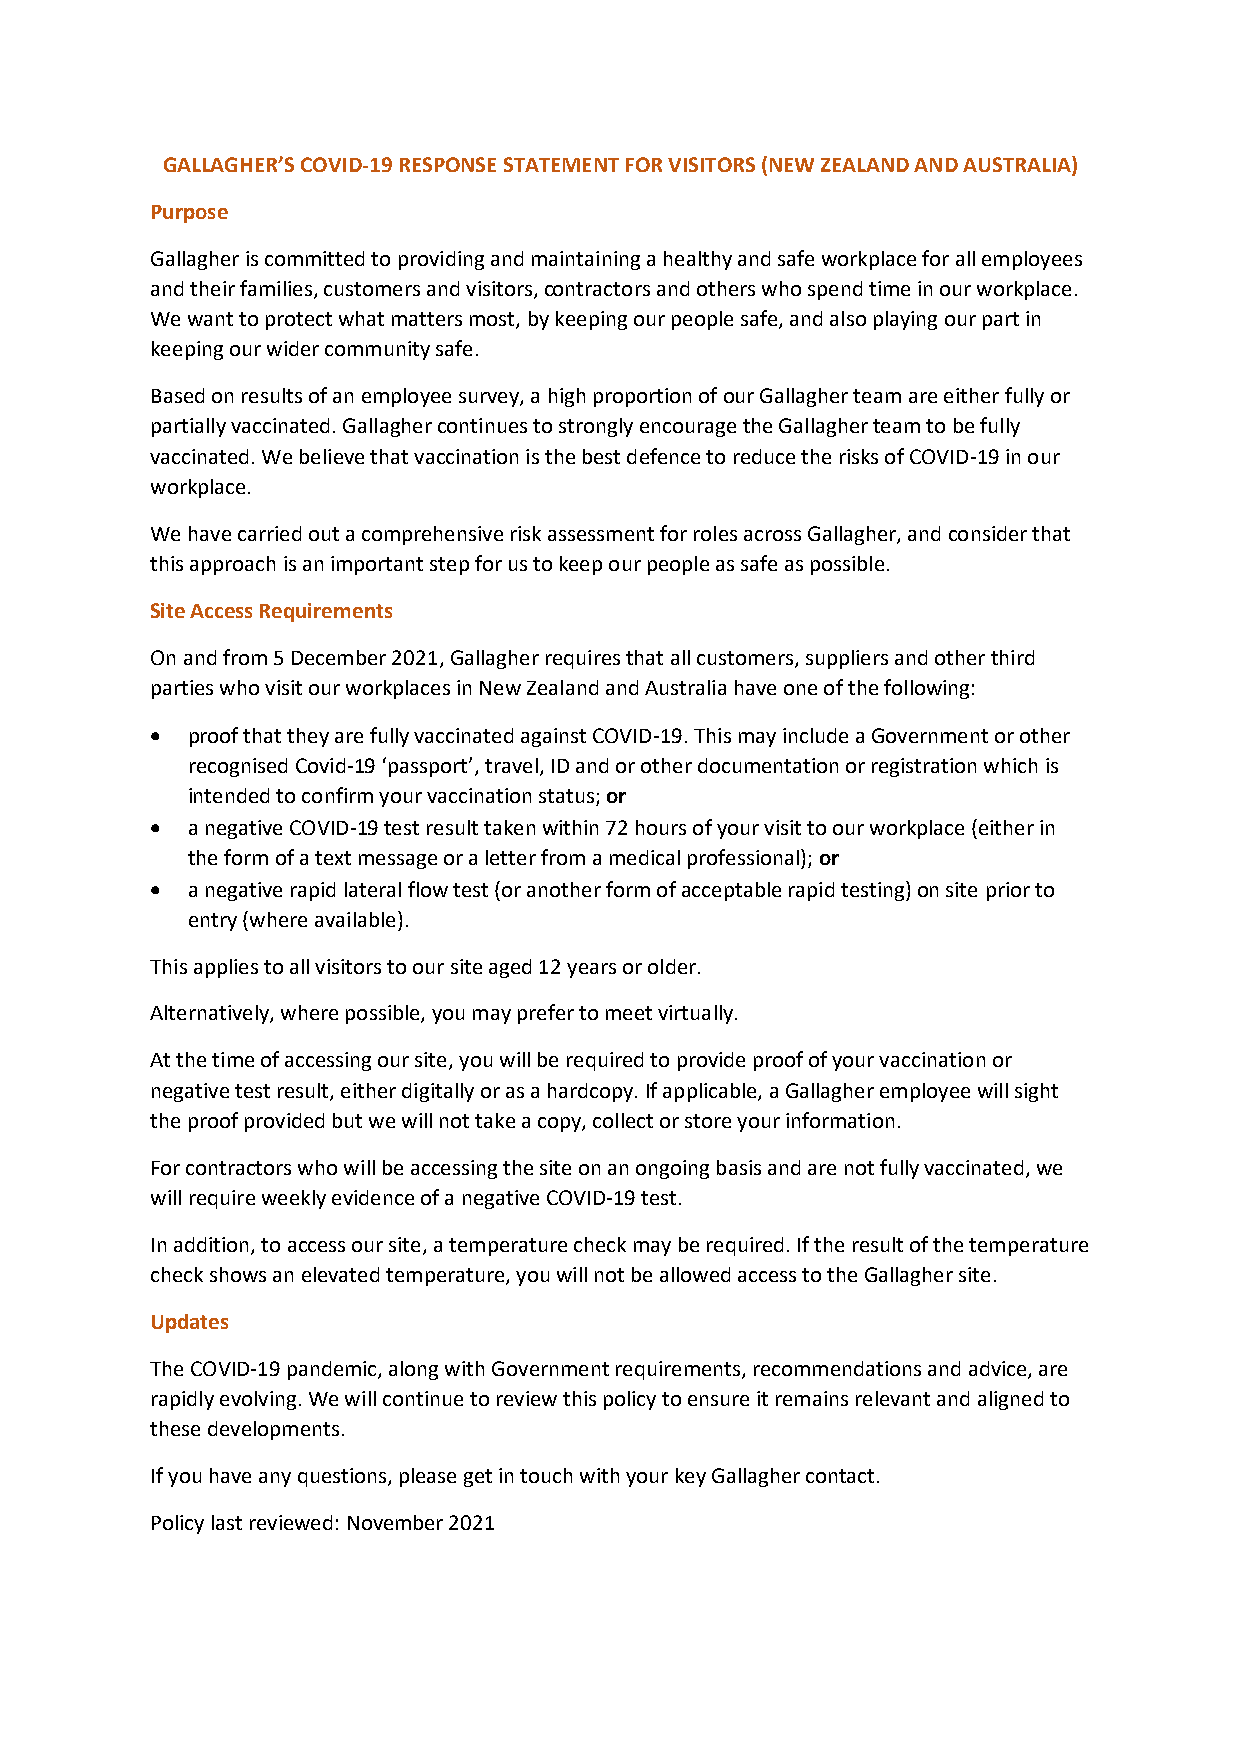
GALLAGHER’S COVID-19 RESPONSE STATEMENT FOR VISITORS (NEW ZEALAND AND AUSTRALIA)
 Purpose
 Gallagher is committed to providing and maintaining a healthy and safe workplace for all employees
 and their families, customers and visitors, contractors and others who spend time in our workplace.
 We want to protect what matters most, by keeping our people safe, and also playing our part in
 keeping our wider community safe.
 Based on results of an employee survey, a high proportion of our Gallagher team are either fully or
 partially vaccinated. Gallagher continues to strongly encourage the Gallagher team to be fully
 vaccinated. We believe that vaccination is the best defence to reduce the risks of COVID-19 in our
 workplace.
 We have carried out a comprehensive risk assessment for roles across Gallagher, and consider that
 this approach is an important step for us to keep our people as safe as possible.
 Site Access Requirements
 On and from 5 December 2021, Gallagher requires that all customers, suppliers and other third
 parties who visit our workplaces in New Zealand and Australia have one of the following:
 • proof that they are fully vaccinated against COVID-19. This may include a Government or other
 recognised Covid-19 ‘passport’, travel, ID and or other documentation or registration which is
 intended to confirm your vaccination status; or
 • a negative COVID-19 test result taken within 72 hours of your visit to our workplace (either in
 the form of a text message or a letter from a medical professional); or
 • a negative rapid lateral flow test (or another form of acceptable rapid testing) on site prior to
 entry (where available).
 This applies to all visitors to our site aged 12 years or older.
 Alternatively, where possible, you may prefer to meet virtually.
 At the time of accessing our site, you will be required to provide proof of your vaccination or
 negative test result, either digitally or as a hardcopy. If applicable, a Gallagher employee will sight
 the proof provided but we will not take a copy, collect or store your information.
 For contractors who will be accessing the site on an ongoing basis and are not fully vaccinated, we
 will require weekly evidence of a negative COVID-19 test.
 In addition, to access our site, a temperature check may be required. If the result of the temperature
 check shows an elevated temperature, you will not be allowed access to the Gallagher site.
 Updates
 The COVID-19 pandemic, along with Government requirements, recommendations and advice, are
 rapidly evolving. We will continue to review this policy to ensure it remains relevant and aligned to
 these developments.
 If you have any questions, please get in touch with your key Gallagher contact.
 Policy last reviewed: November 2021